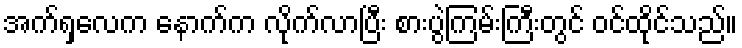
အက်ရှလေက နောက်က လိုက်လာပြီး စားပွဲကြမ်းကြီးတွင် ဝင်ထိုင်သည်။